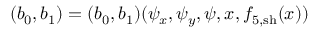
( b _ { 0 } , b _ { 1 } ) = ( b _ { 0 } , b _ { 1 } ) ( \psi _ { x } , \psi _ { y } , \psi , x , f _ { 5 , \mathrm { s h } } ( x ) )